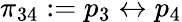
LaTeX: \pi_{34}:=p_{3}\leftrightarrow p_{4}